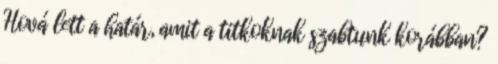
Hová lett a határ, amit a titkoknak szabtunk korábban?